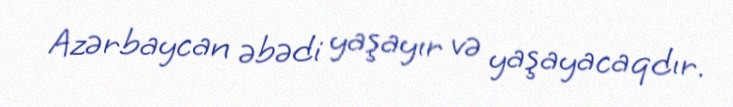
Azərbaycan əbədi yaşayır və yaşayacaqdır.